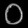
Digit: ၀